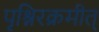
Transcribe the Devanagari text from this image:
पृश्निरक्रमीत्